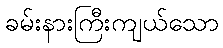
ခမ်းနားကြီးကျယ်သော